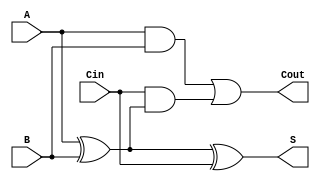
module full_adder (
    input wire A,     // Input bit A
    input wire B,     // Input bit B
    input wire Cin,   // Input carry from previous bit
    output wire S,    // Sum output
    output wire Cout  // Carry output
);

// Sum output logic
assign S = A ^ B ^ Cin;

// Carry output logic
assign Cout = (A & B) | (Cin & (A ^ B));

endmodule